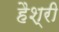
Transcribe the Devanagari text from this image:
हैश्री